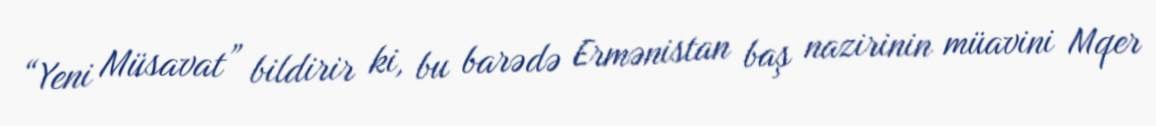
“Yeni Müsavat” bildirir ki, bu barədə Ermənistan baş nazirinin müavini Mqer